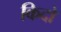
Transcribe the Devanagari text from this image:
किदो